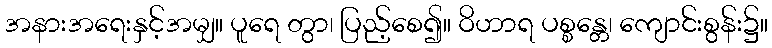
အနားအရေးနှင့်အမျှ။ ပူရေ တွာ၊ ပြည့်စေ၍။ ဝိဟာရ ပစ္စန္တေ၊ ကျောင်းစွန်း၌။